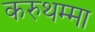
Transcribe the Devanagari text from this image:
करुथम्मा